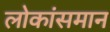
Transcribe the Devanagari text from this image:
लोकांसमान